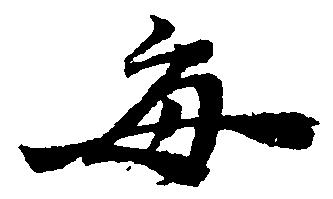
毎